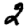
Digit: 2